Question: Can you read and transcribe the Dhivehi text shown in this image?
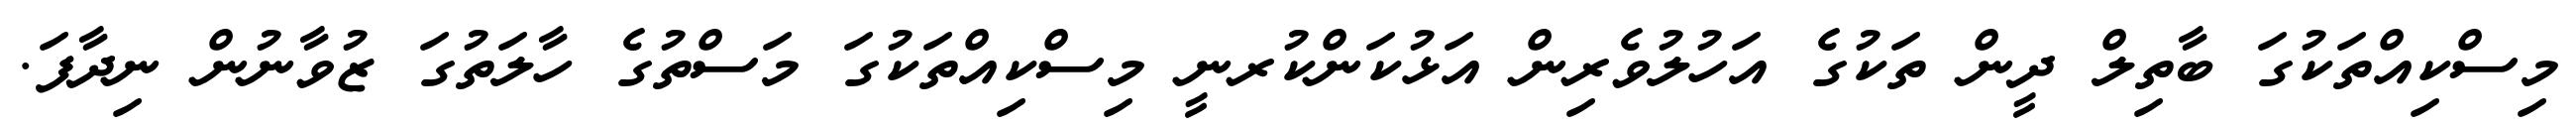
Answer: މިސްކިއްތަކުގަ ބާތިލް ދީން ތަކުގެ އަހުލުވެރިން އަޅުކަންކުރނީ މިސްކިއްތަކުގަ މަސްތުގެ ހާލަތުގަ ޒުވާނުން ނިދާފަ.